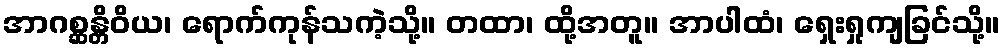
အာဂစ္ဆန္တိဝိယ၊ ရောက်ကုန်သကဲ့သို့။ တထာ၊ ထို့အတူ။ အာပါထံ၊ ရှေးရှုကျခြင်သို့။